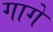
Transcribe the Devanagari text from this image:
गागे